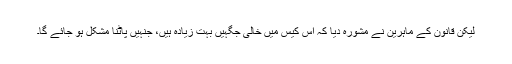
لیکن قانون کے ماہرین نے مشورہ دیا کہ اس کیس میں خالی جگہیں بہت زیادہ ہیں، جنہیں پاٹنا مشکل ہو جائے گا۔